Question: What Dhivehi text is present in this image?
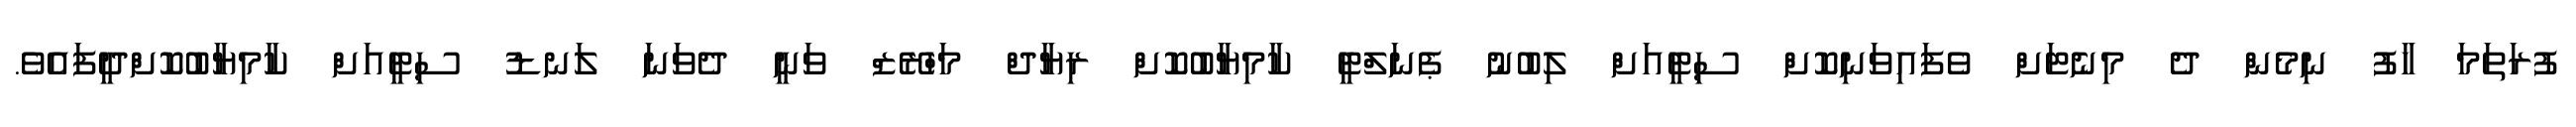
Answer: ފުރަތަމަ ހާފު ނިމެން ދެ މިނެޓަށް ވެފައިވަނިކޮށް ސިޓީއަށް ލިބުނު ޕެނަލްޓީ ކާމިޔާބުކޮށް ރިޔާދް މަހްރޭޒް ވަނީ ދެވަނަ ލަނޑު ސިޓީއަށް ކާމިޔާބުކޮށްދީފައެވެ.